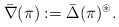
\begin{align*}\bar\nabla(\pi) := \bar\Delta(\pi)^\circledast.\end{align*}